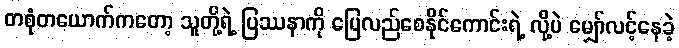
တစုံတယောက်ကတော့ သူတို့ရဲ့ ပြဿနာကို ပြေလည်စေနိုင်ကောင်းရဲ့ လို့ပဲ မျှော်လင့်နေခဲ့